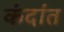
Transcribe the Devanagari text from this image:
कंदांत